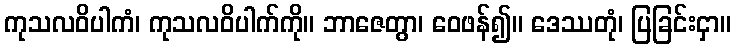
ကုသလဝိပါကံ၊ ကုသလဝိပါက်ကို။ ဘာဇေတွာ၊ ဝေဖန်၍။ ဒေဿတုံ၊ ပြခြင်းငှာ။